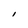
Character: I